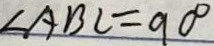
\angle A B C = 9 0 ^ { \circ }